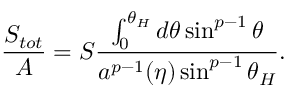
{ \frac { S _ { t o t } } { A } } = S { \frac { \int _ { 0 } ^ { \theta _ { H } } d \theta \sin ^ { p - 1 } \theta } { a ^ { p - 1 } ( \eta ) \sin ^ { p - 1 } \theta _ { H } } } .